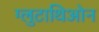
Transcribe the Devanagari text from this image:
ग्लुटाथिओन